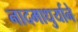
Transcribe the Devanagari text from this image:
नादमाधुर्याने